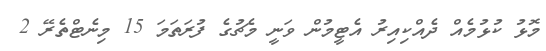
މޮޅު ކުޅުމެއް ދެއްކިއިރު އެޓީމުން ވަނީ މެޗުގެ ފުރަތަމަ 15 މިނެޓްތެރޭ 2